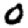
Digit: 0